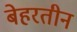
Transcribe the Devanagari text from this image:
बेहरतीन